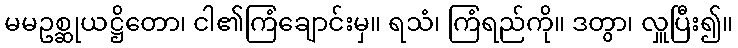
မမဥစ္ဆုယဋ္ဌိတော၊ ငါ၏ကြံချောင်းမှ။ ရသံ၊ ကြံရည်ကို။ ဒတွာ၊ လှူပြီး၍။